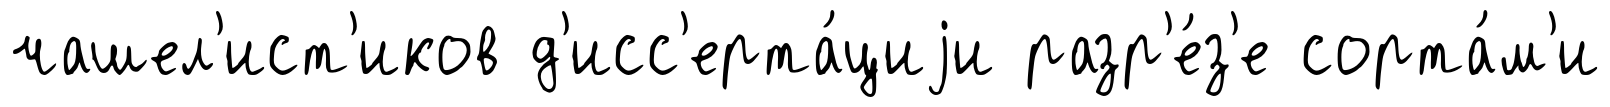
чашел'ист'иков д'исс'ерта́циjи разр'е́з'е сорта́м'и